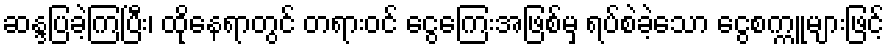
ဆန္ဒပြခဲ့ကြပြီး၊ ထိုနေရာတွင် တရားဝင် ငွေကြေးအဖြစ်မှ ရပ်စဲခဲ့သော ငွေစက္ကူများဖြင့်